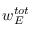
w _ { E } ^ { t o t }